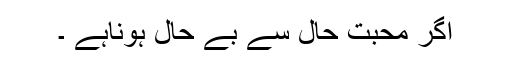
اگر محبت حال سے بے حال ہوناہے ۔